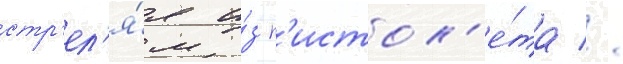
стр'ел'я́я и́з п'истол'е́та //